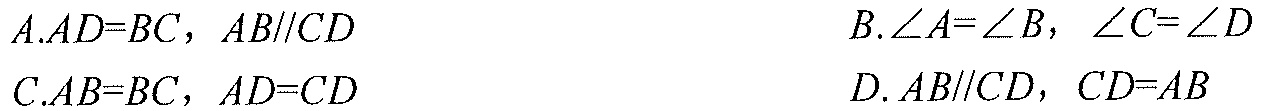
\(A.AD = BC,\ AB\parallel CD\)  \(B.\angle A=\angle B,\ \angle C=\angle D\)
\(C.AB = BC,\ AD = CD\)  \(D. AB\parallel CD,\ CD = AB\)